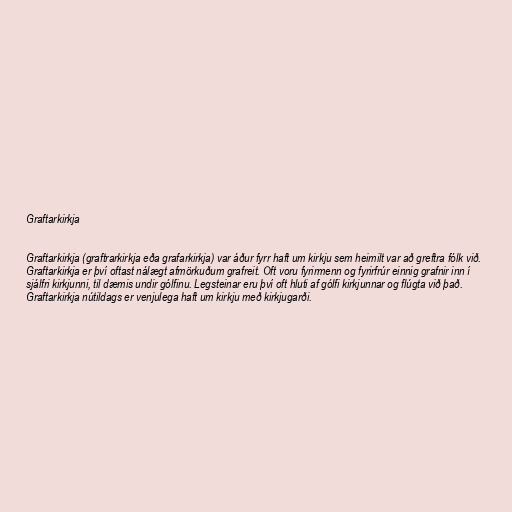
Graftarkirkja

Graftarkirkja (graftrarkirkja eða grafarkirkja) var áður fyrr haft um kirkju sem heimilt var að greftra fólk við.
Graftarkirkja er því oftast nálægt afmörkuðum grafreit. Oft voru fyrirmenn og fyrirfrúr einnig grafnir inn í
sjálfri kirkjunni, til dæmis undir gólfinu. Legsteinar eru því oft hluti af gólfi kirkjunnar og flúgta við það.
Graftarkirkja nútildags er venjulega haft um kirkju með kirkjugarði.